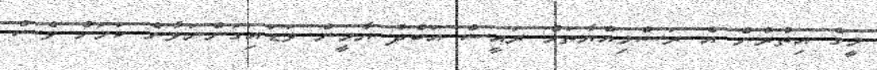
މީގެ އިތުރުން އެ ރަސްމިއްޔާތަށް ރައީސް އަބްދު ޔާމީން ވަޑައިގަންނަވާނެ ކަމަށް ވެސް